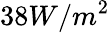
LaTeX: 38W/m^{2}